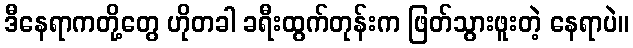
ဒီနေရာကတို့တွေ ဟိုတခါ ခရီးထွက်တုန်းက ဖြတ်သွားဖူးတဲ့ နေရာပဲ။